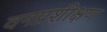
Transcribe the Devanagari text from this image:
वनप्रशीक्षण